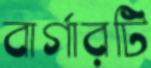
বার্গারটি